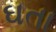
ઘતા